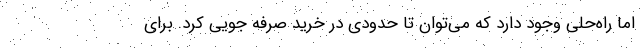
اما راه‌حلی وجود دارد که می‌توان تا حدودی در خرید صرفه جویی کرد. برای